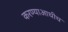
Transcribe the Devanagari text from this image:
करण्याआधीच